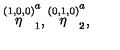
\stackrel { ( 1 , 0 , 0 ) } { \eta } _ { 1 } ^ { a } , \stackrel { ( 0 , 1 , 0 ) } { \eta } _ { 2 } ^ { a } ,